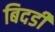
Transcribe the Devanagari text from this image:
बिदडी